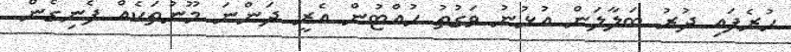
ހުރެފައި ދުރު ބަލާލަން އުޅުނު ވަގުތު ހުއްޓުން އެރީ ދަންނަ މޫނުތަކެއް ފެނިގެން